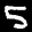
Label: 5